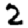
Digit: 2